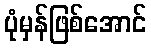
ပုံမှန်ဖြစ်အောင်